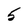
Character: 5